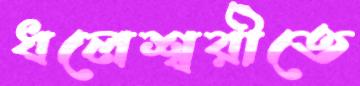
ধলেশ্বরীতে